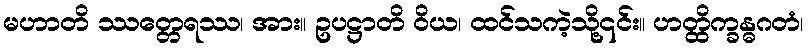
မဟာတိ ဿတ္တေရဿ၊ အား။ ဥပဋ္ဌာတိ ဝိယ၊ ထင်သကဲ့သို့၎င်း။ ဟတ္ထိက္ခန္ဓဂတံ၊